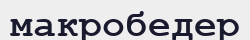
макробедер